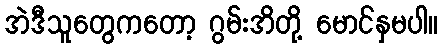
အဲဒီသူတွေကတော့ ဂွမ်းအိတို့ မောင်နှမပါ။